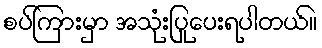
စပ်ကြားမှာ အသုံးပြုပေးရပါတယ်။